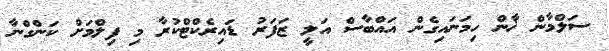
ސަލްމާން ޚާން ހިމަނައިގެން އައްބާސް އަލީ ޒަފަރު ޑަައިރެކްޓްކުރާ މި ފިލްްމަށް ކަންގްނާ